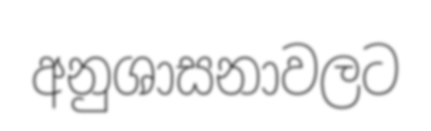
අනුශාසනාවලට